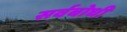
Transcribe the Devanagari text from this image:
सर्वबोधी